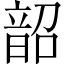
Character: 韶